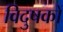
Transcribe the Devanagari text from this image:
विदुषकों